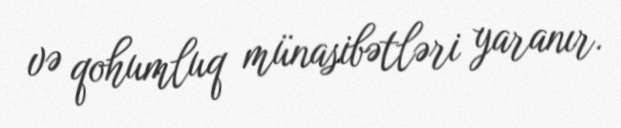
və qohumluq münasibətləri yaranır.